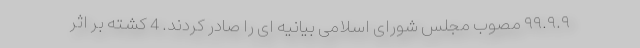
۹۹.۹.۹ مصوب مجلس شورای اسلامی بیانیه ای را صادر کردند. 4 کشته بر اثر